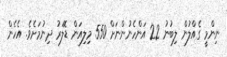
ނިންމީ ގެއްލުން ލިބުނު 22 އަންހެނުންނަށް 550 މިލިއަން ޑޮލަރު ދިނުމަށެވެ. އެހެން